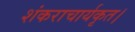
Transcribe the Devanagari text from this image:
शंकराचार्यकृत।